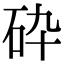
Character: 砕